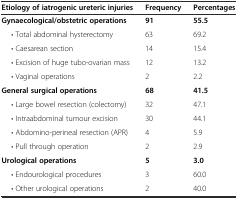
<table><thead><tr><td><b>Etiology of iatrogenic ureteric injuries</b></td><td><b>Frequency</b></td><td><b>Percentages</b></td></tr></thead><tbody><tr><td><b>Gynaecological/obstetric operations</b></td><td><b>91</b></td><td><b>55.5</b></td></tr><tr><td>• Total abdominal hysterectomy</td><td>63</td><td>69.2</td></tr><tr><td>• Caesarean section</td><td>14</td><td>15.4</td></tr><tr><td>• Excision of huge tubo-ovarian mass</td><td>12</td><td>13.2</td></tr><tr><td>• Vaginal operations</td><td>2</td><td>2.2</td></tr><tr><td><b>General surgical operations</b></td><td><b>68</b></td><td><b>41.5</b></td></tr><tr><td>• Large bowel resection (colectomy)</td><td>32</td><td>47.1</td></tr><tr><td>• Intraabdominal tumour excision</td><td>30</td><td>44.1</td></tr><tr><td>• Abdomino-perineal resection (APR)</td><td>4</td><td>5.9</td></tr><tr><td>• Pull through operation</td><td>2</td><td>2.9</td></tr><tr><td><b>Urological operations</b></td><td><b>5</b></td><td><b>3.0</b></td></tr><tr><td>• Endourological procedures</td><td>3</td><td>60.0</td></tr><tr><td>• Other urological operations</td><td>2</td><td>40.0</td></tr></tbody></table>